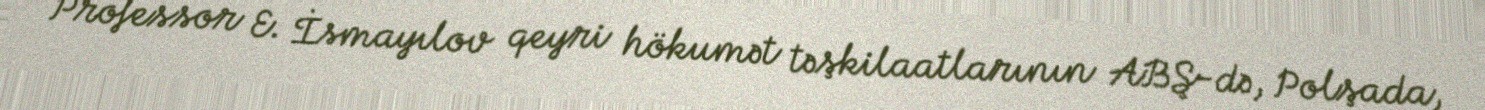
Professor E. İsmayılov qeyri hökumət təşkilaatlarının ABŞ-də, Polşada,